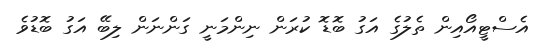
އެސްޓީއޯއިން ތެލުގެ އަގު ބޮޑޮ ކުރަން ނިންމަނީ ގަންނަން ލިބޭ އަގު ބޮޑުވެ